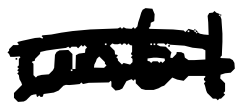
Text: until
Cross-out: double-line
Writing tool: digital_black